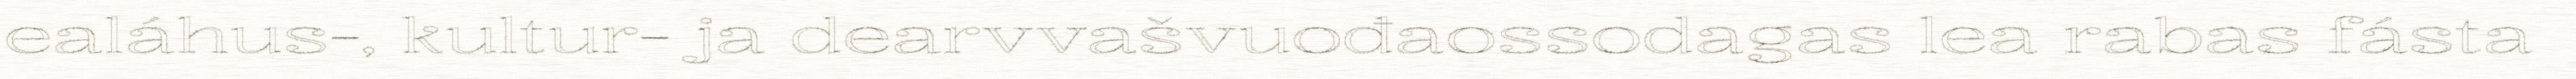
ealáhus-, kultur- ja dearvvašvuođaossodagas lea rabas fásta